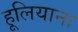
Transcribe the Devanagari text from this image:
हूलियाना